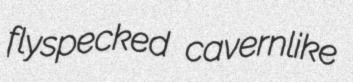
flyspecked cavernlike